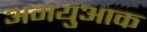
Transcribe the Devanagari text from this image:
अनयुआक